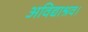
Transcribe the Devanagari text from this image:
अविद्याश्रव।